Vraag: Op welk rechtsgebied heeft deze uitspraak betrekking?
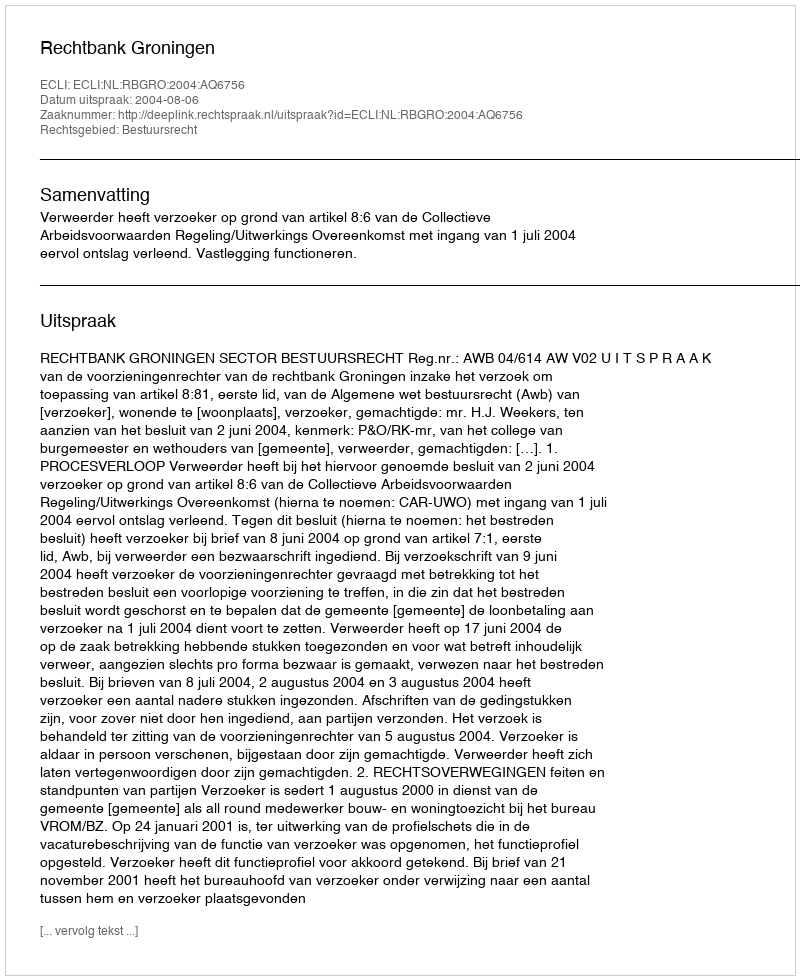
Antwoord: Bestuursrecht